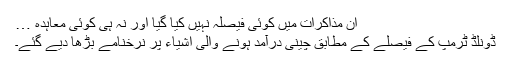
ان مذاکرات میں کوئی فیصلہ نہیں کیا گیا اور نہ ہی کوئی معاہدہ …
ڈونلڈ ٹرمپ کے فیصلے کے مطابق چینی درآمد ہونے والی اشیاء پر نرخنامے بڑھا دیے گئے۔